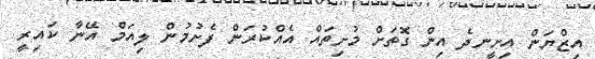
އިޒްޔަން އިށީނދެ އިން ގޮތަށް މުށިތައް އެއްކުރަން ފެށުމުން ލިއަމް އޭނާ ކައިރީ